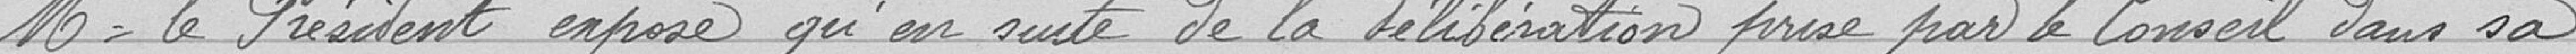
Monsieur le Préfet  expose qu'en suite de la délibération prise par le Conseil dans sa